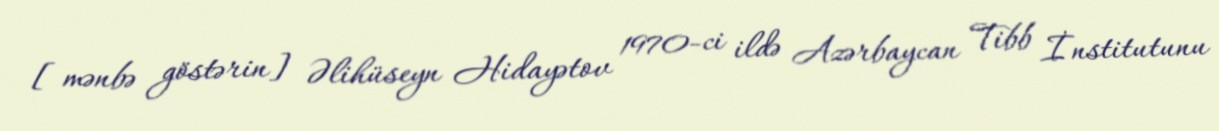
[mənbə göstərin] Əlihüseyn Hidayətov 1970-ci ildə Azərbaycan Tibb İnstitutunu